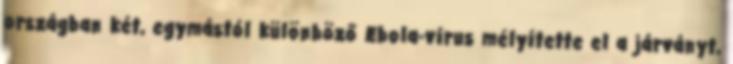
országban két, egymástól különböző Ebola-vírus mélyítette el a járványt,